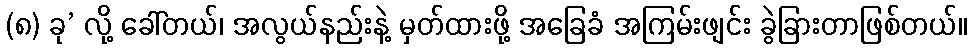
(၈) ခု’ လို့ ခေါ်တယ်၊ အလွယ်နည်းနဲ့ မှတ်ထားဖို့ အခြေခံ အကြမ်းဖျင်း ခွဲခြားတာဖြစ်တယ်။